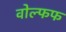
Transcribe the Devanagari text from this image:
वोल्फफ